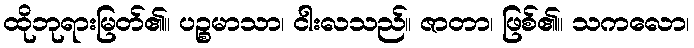
ထိုဘုရားမြတ်၏။ ပဉ္စမာသာ၊ ငါးလသည်။ ဇာတာ၊ ဖြစ်၏။ သကလော၊